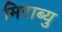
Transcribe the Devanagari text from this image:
मिराब्यु